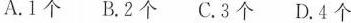
A.1个 B.2个 C.3个 D.4个